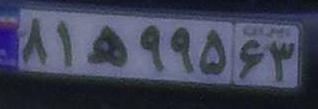
۸۱ه۹۹۵۶۳